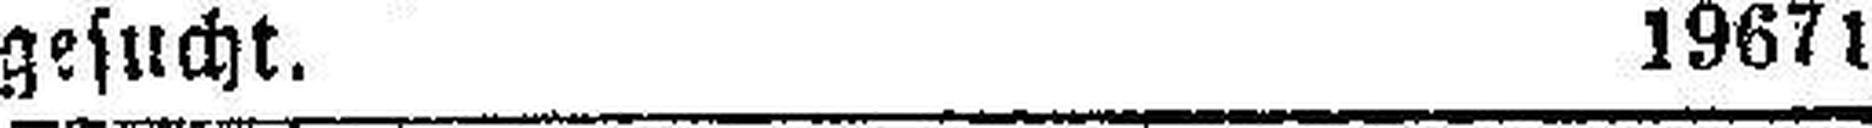
gesucht. 19671